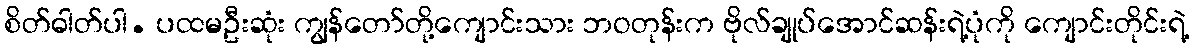
စိတ်ဓါတ်ပါ. ပထမဦးဆုံး ကျွန်တော်တို့ကျောင်းသား ဘဝတုန်းက ဗိုလ်ချုပ်အောင်ဆန်းရဲ့ပုံကို ကျောင်းတိုင်းရဲ့